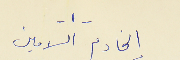
-١- الخادم الامين